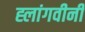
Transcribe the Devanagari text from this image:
ह्लांगवीनी